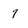
Character: 7